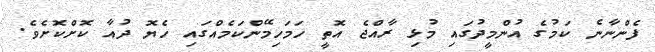
ފެންނާނެ ކަމުގެ އުންމީދުގައި މުޅި ރާއްޖެ އޮތީ ހަމަހިމޭންކަމެއްގައި ހެޔޮ ދުއާ ކޮށްކޮށެވެ.